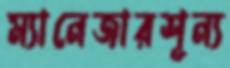
ম্যানেজারশূন্য